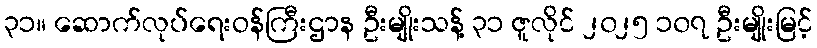
၃၁။ ဆောက်လုပ်ရေးဝန်ကြီးဌာန ဦးမျိုးသန့် ၃၁ ဇူလိုင် ၂၀၂၅ ၁၀၇ ဦးမျိုးမြင့်